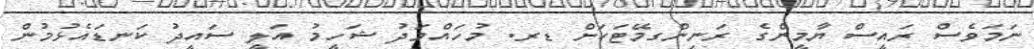
ނަމަވެސް ރައީސް ޔާމީންގެ ރަނިންގމޭޓަކަށް ޑރ. މުހައްމަދު ޝަހީމު އަލީ ސައީދު ކަނޑައެޅުމުން